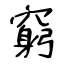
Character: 窮